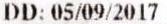
DD: 05/09/2017